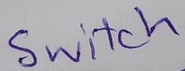
Text: Switch